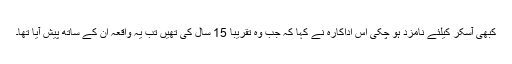
کبھی آسکر کیلئے نامزد ہو چکی اس اداکارہ نے کہا کہ جب وہ تقریبا 15 سال کی تھیں تب یہ واقعہ ان کے ساتھ پیش آیا تھا۔